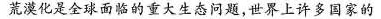
荒漠化是全球面临的重大生态问题，世界上许多国家的